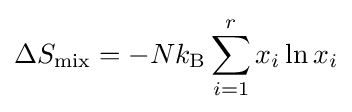
\Delta S_{\text{mix}}=-Nk_{\text{B}}\sum _{i=1}^{r}x_{i}\ln x_{i}